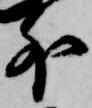
外